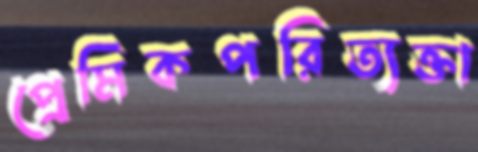
প্রেমিকপরিত্যক্তা